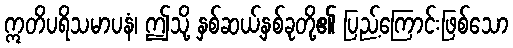
ဣတိပရိသမာပနံ၊ ဤသို့ နှစ်ဆယ့်နှစ်ခုတို့၏ ပြည့်ကြောင်းဖြစ်သော